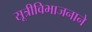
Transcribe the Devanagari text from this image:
सूत्रीविभाजनाने